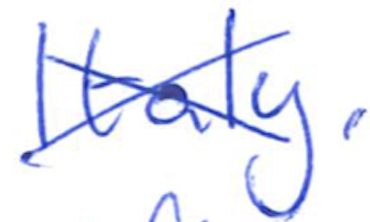
Text: Italy,
Cross-out: cross
Writing tool: ballpoint